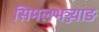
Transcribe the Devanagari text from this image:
सिमलभञ्ज्याङ